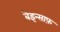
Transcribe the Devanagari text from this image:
बेइन्साफ़